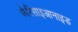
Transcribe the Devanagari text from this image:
फेरिसाइआनाइड